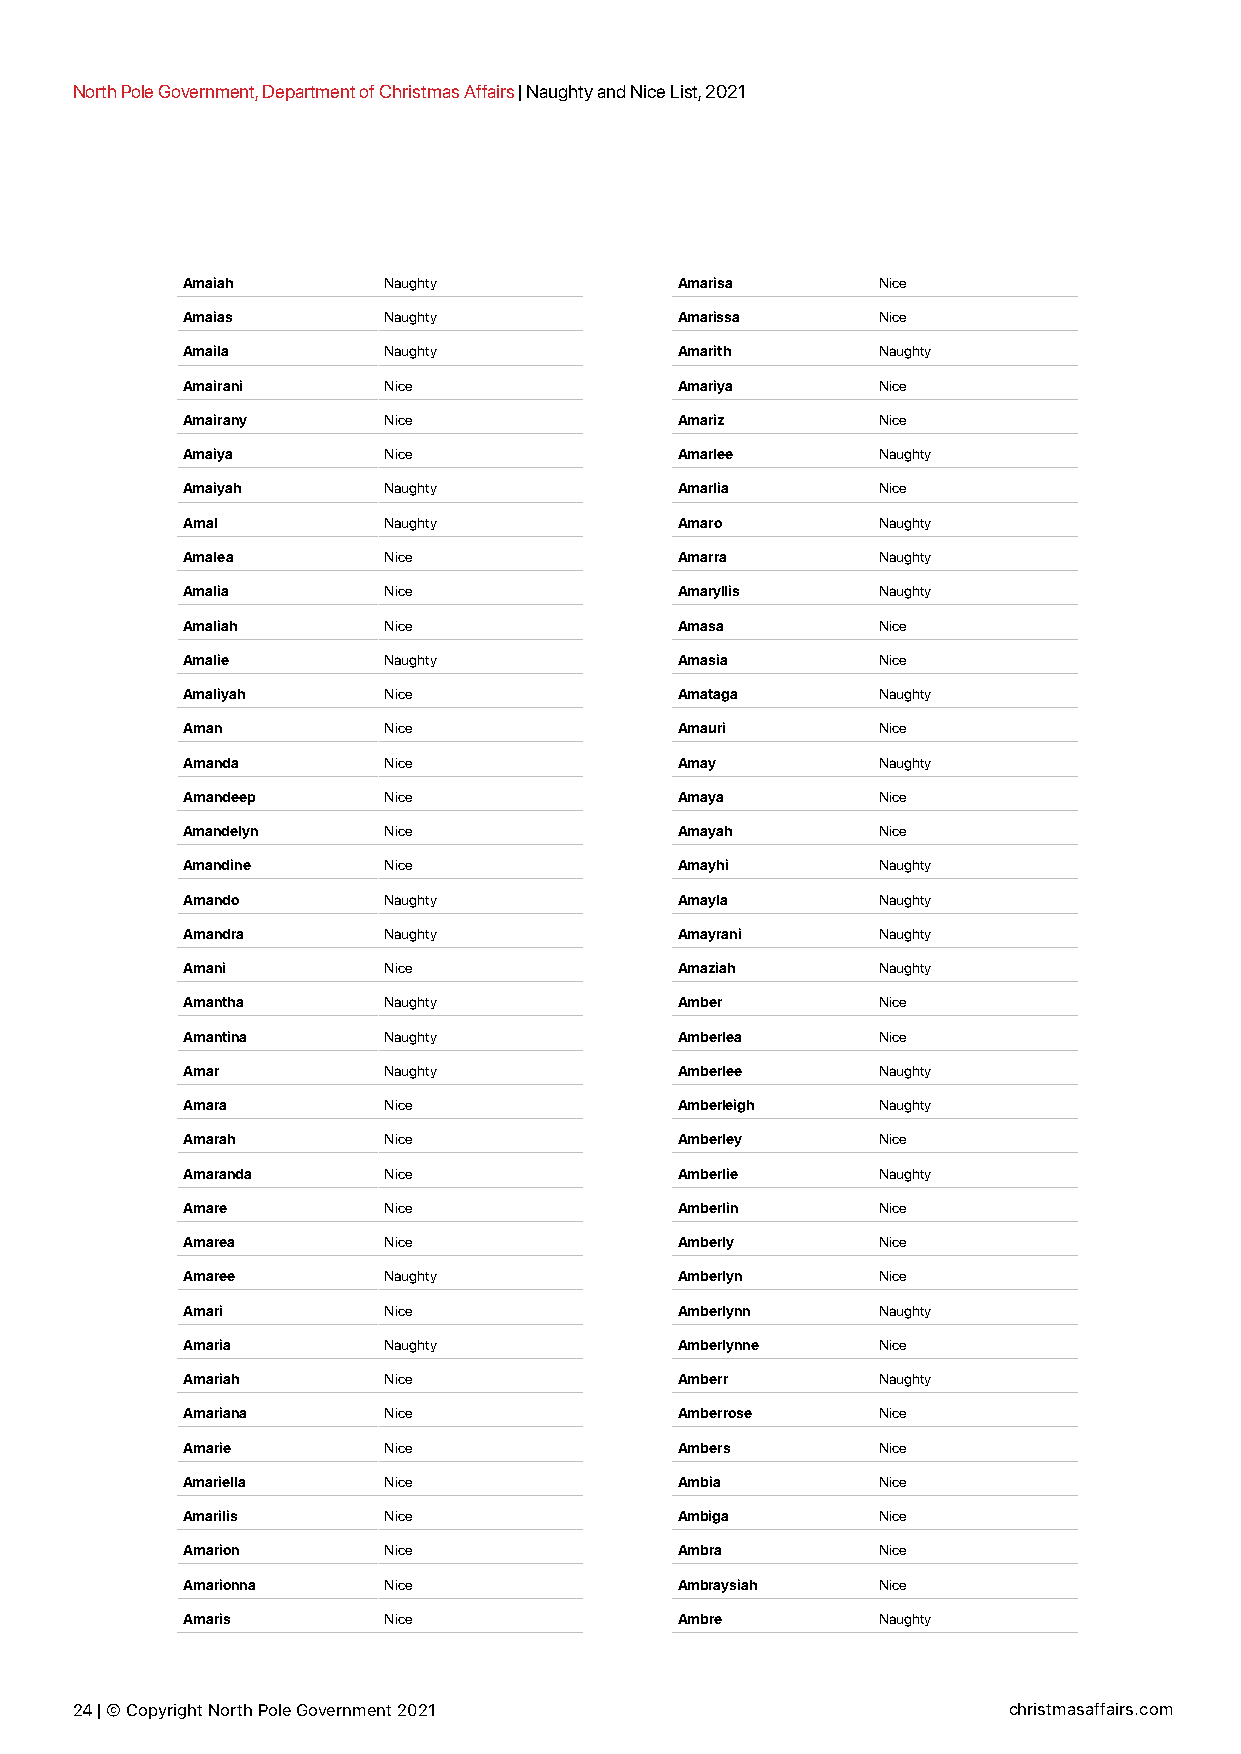
North Pole Government, Department of Christmas Affairs | Naughty and Nice List, 2021
 Amaiah       Naughty             Amarisa      Nice
 Amaias       Naughty             Amarissa     Nice
 Amaila       Naughty             Amarith      Naughty
 Amairani     Nice                Amariya      Nice
 Amairany     Nice                Amariz       Nice
 Amaiya       Nice                Amarlee      Naughty
 Amaiyah      Naughty             Amarlia      Nice
 Amal         Naughty             Amaro        Naughty
 Amalea       Nice                Amarra       Naughty
 Amalia       Nice                Amaryllis    Naughty
 Amaliah      Nice                Amasa        Nice
 Amalie       Naughty             Amasia       Nice
 Amaliyah     Nice                Amataga      Naughty
 Aman         Nice                Amauri       Nice
 Amanda       Nice                Amay         Naughty
 Amandeep     Nice                Amaya        Nice
 Amandelyn    Nice                Amayah       Nice
 Amandine     Nice                Amayhi       Naughty
 Amando       Naughty             Amayla       Naughty
 Amandra      Naughty             Amayrani     Naughty
 Amani        Nice                Amaziah      Naughty
 Amantha      Naughty             Amber        Nice
 Amantina     Naughty             Amberlea     Nice
 Amar         Naughty             Amberlee     Naughty
 Amara        Nice                Amberleigh   Naughty
 Amarah       Nice                Amberley     Nice
 Amaranda     Nice                Amberlie     Naughty
 Amare        Nice                Amberlin     Nice
 Amarea       Nice                Amberly      Nice
 Amaree       Naughty             Amberlyn     Nice
 Amari        Nice                Amberlynn    Naughty
 Amaria       Naughty             Amberlynne   Nice
 Amariah      Nice                Amberr       Naughty
 Amariana     Nice                Amberrose    Nice
 Amarie       Nice                Ambers       Nice
 Amariella    Nice                Ambia        Nice
 Amarilis     Nice                Ambiga       Nice
 Amarion      Nice                Ambra        Nice
 Amarionna    Nice                Ambraysiah   Nice
 Amaris       Nice                Ambre        Naughty
 24 | © Copyright North Pole Government 2021                   christmasaffairs.com